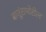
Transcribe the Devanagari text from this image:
बाजूंसमोरील